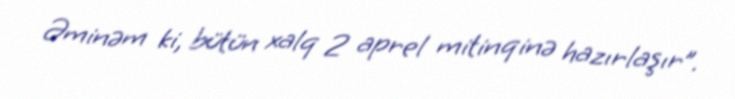
Əminəm ki, bütün xalq 2 aprel mitinqinə hazırlaşır”.